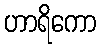
ဟာရိကော